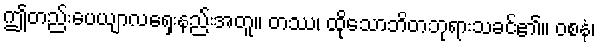
ဤတည်းပေယျာလရှေးနည်းအတူ။ တဿ၊ ထိုသောဘိတဘုရားသခင်၏။ ဝစနံ၊